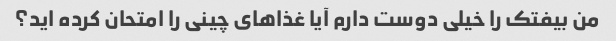
من بیفتک را خیلی دوست دارم آیا غذاهای چینی را امتحان کرده اید؟